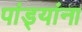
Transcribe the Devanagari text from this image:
पांड्यांना